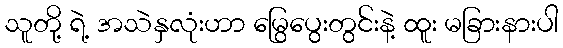
သူတို့ ရဲ့ အသဲနှလုံးဟာ မြွေပွေးတွင်းနဲ့ ထူး မခြားနားပါ